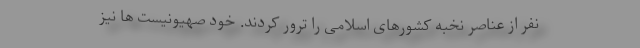
نفر از عناصر نخبه کشورهای اسلامی را ترور کردند. خود صهیونیست ها نیز